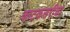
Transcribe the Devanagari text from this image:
काटकसरीचा